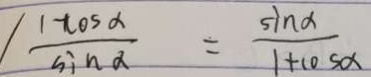
/ \frac { 1 + \cos \alpha } { \sin \alpha } = \frac { \sin \alpha } { 1 + \cos \alpha }